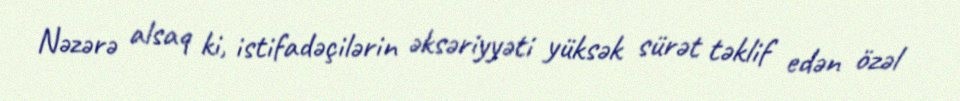
Nəzərə alsaq ki, istifadəçilərin əksəriyyəti yüksək sürət təklif edən özəl